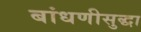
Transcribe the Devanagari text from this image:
बांधणीसुद्धा